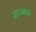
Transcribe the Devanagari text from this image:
संघटनावर